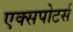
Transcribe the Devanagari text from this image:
एक्सपोटर्स